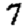
Digit: 7